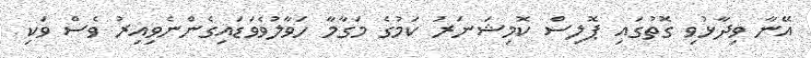
އޭނާ ވިދާޅުވި ގޮތުގައި ޕޮލިސް ކޮމިޝަނަރު ކަމުގެ މަގާމާ ހަވާލުވެވަޑައިގެންނެވިއިރު ވެސް ވަކި